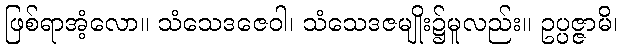
ဖြစ်ရာအံ့လော။ သံသေဒဇေဝါ၊ သံသေဒဇမျိုး၌မူလည်း။ ဥပ္ပဇ္ဇာမိ၊